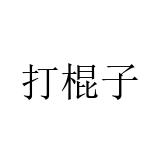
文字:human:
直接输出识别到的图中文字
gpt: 打棍子